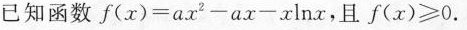
已知函数$$f ( x ) = a x ^ { 2 } - a x - x \ln x$$，且$$f ( x ) ≥ 0$$.